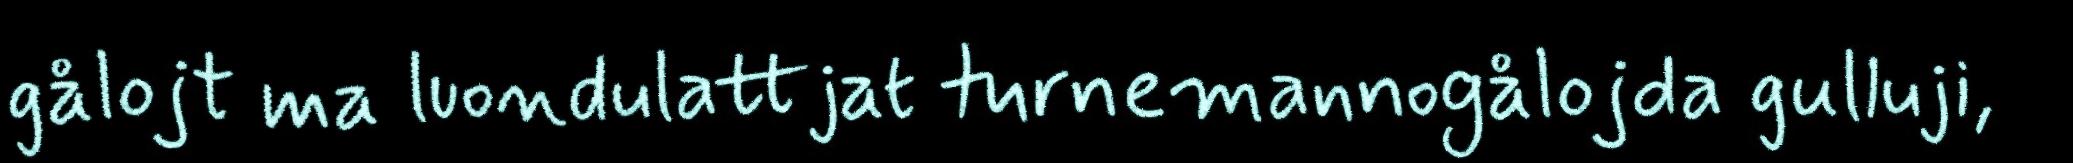
gålojt ma luondulattjat turnemannogålojda gulluji,